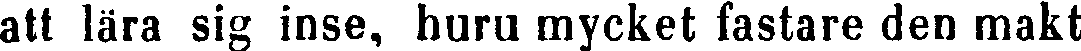
att lära sig inse, huru mycket fastare den makt